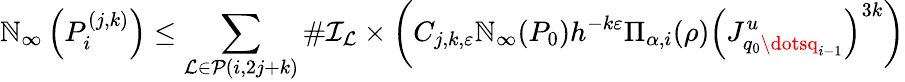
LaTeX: \mathbb{N}_{\infty}\left(P_{i}^{(j,k)}\right)\leq\sum_{\mathcal{{L}}\in\mathcal{{P}}(i,2j+k)}\# \mathcal{{I}}_{\mathcal{{L}}}\times\left(C_{j,k,\varepsilon}\mathbb{N}_{\infty}(P_{0})h^{-k\varepsilon}\Pi_{\alpha,i}(\rho)\left(J_{q_{0}\dotsq_{i-1}}^{u}\right)^{3k}\right)